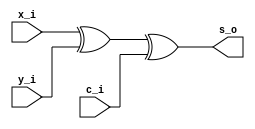
// sum
module sum (s_o,x_i,y_i,c_i);
    input x_i,y_i,c_i;
    output s_o;
    assign s_o = x_i ^ y_i ^ c_i;
endmodule 


// carry
module carry (c_o,x_i,y_i,c_i);
    input x_i,y_i,c_i;
    output c_o;
    assign c_o = (x_i&y_i) |  (y_i&c_i) | (c_i&x_i);
endmodule 


/// 1 bit add
module add_1 (c_o,s_o,x_i,y_i,c_i);
    input x_i,y_i,c_i;
    output c_o, s_o;
    sum g1(s_o,x_i,y_i,c_i);
    carry g2(c_o,x_i,y_i,c_i);
endmodule 



// 4 bit add
module add_4 (c_o,s_o,x_i,y_i,c_i);
    input [3:0] x_i,y_i;
    input c_i;
    output [3:0] s_o;
    output c_o;
    wire [2:0] c_out;
    add_1 g1(c_out[0],s_o[0],x_i[0],y_i[0],c_i);
    add_1 g2(c_out[1],s_o[1],x_i[1],y_i[1],c_out[0]);
    add_1 g3(c_out[2],s_o[2],x_i[2],y_i[2],c_out[1]);
    add_1 g4(c_o,s_o[3],x_i[3],y_i[3],c_out[2]);
endmodule